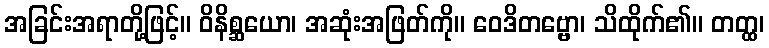
အခြင်းအရာတို့ဖြင့်။ ဝိနိစ္ဆယော၊ အဆုံးအဖြတ်ကို။ ဝေဒိတဗ္ဗော၊ သိထိုက်၏။ တတ္ထ၊